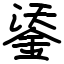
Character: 鋈